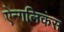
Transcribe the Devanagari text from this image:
ऐन्गलिकंस